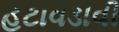
હટાવડાવી